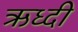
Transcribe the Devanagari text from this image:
ऋध्दी